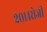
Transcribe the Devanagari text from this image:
२०१४रोजी